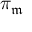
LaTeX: \pi _ { \mathfrak { m } }